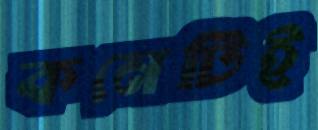
কনেটিই